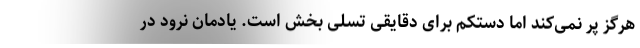
هرگز پر نمی‌کند اما دستکم برای دقایقی تسلی بخش است. یادمان نرود در